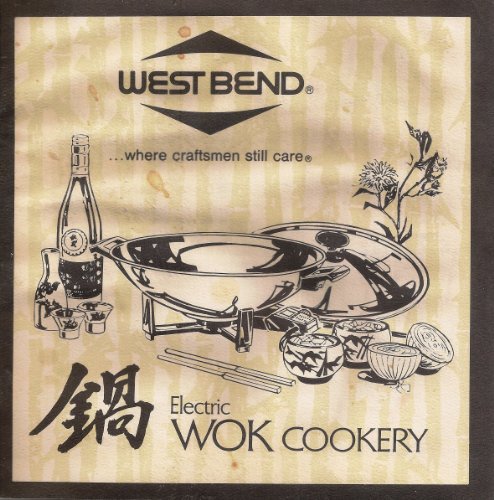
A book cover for Electric Wok Cookery; West Bend Company; Cookbooks, Food & Wine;